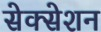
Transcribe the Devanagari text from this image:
सेक्सेशन